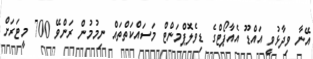
އޭނާ ވިދާޅުވީ އައްޑޫ އެއާޕޯޓްގެ ޑިވެލޮޕްމަންޓް މަސައްކަތްތައް ނިމުމުން ރަންވޭ 700 މީޓަރަށް